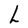
Character: L